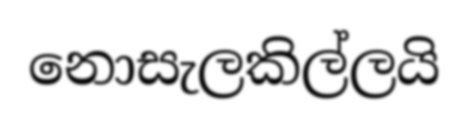
නොසැලකිල්ලයි